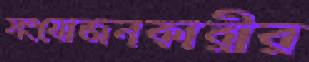
সংযোজনকারীর